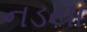
નડયા